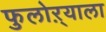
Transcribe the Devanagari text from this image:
फुलोऱ्याला